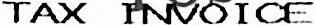
TAX INVOICE